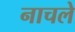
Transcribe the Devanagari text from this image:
नाचले